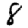
Digit: 8